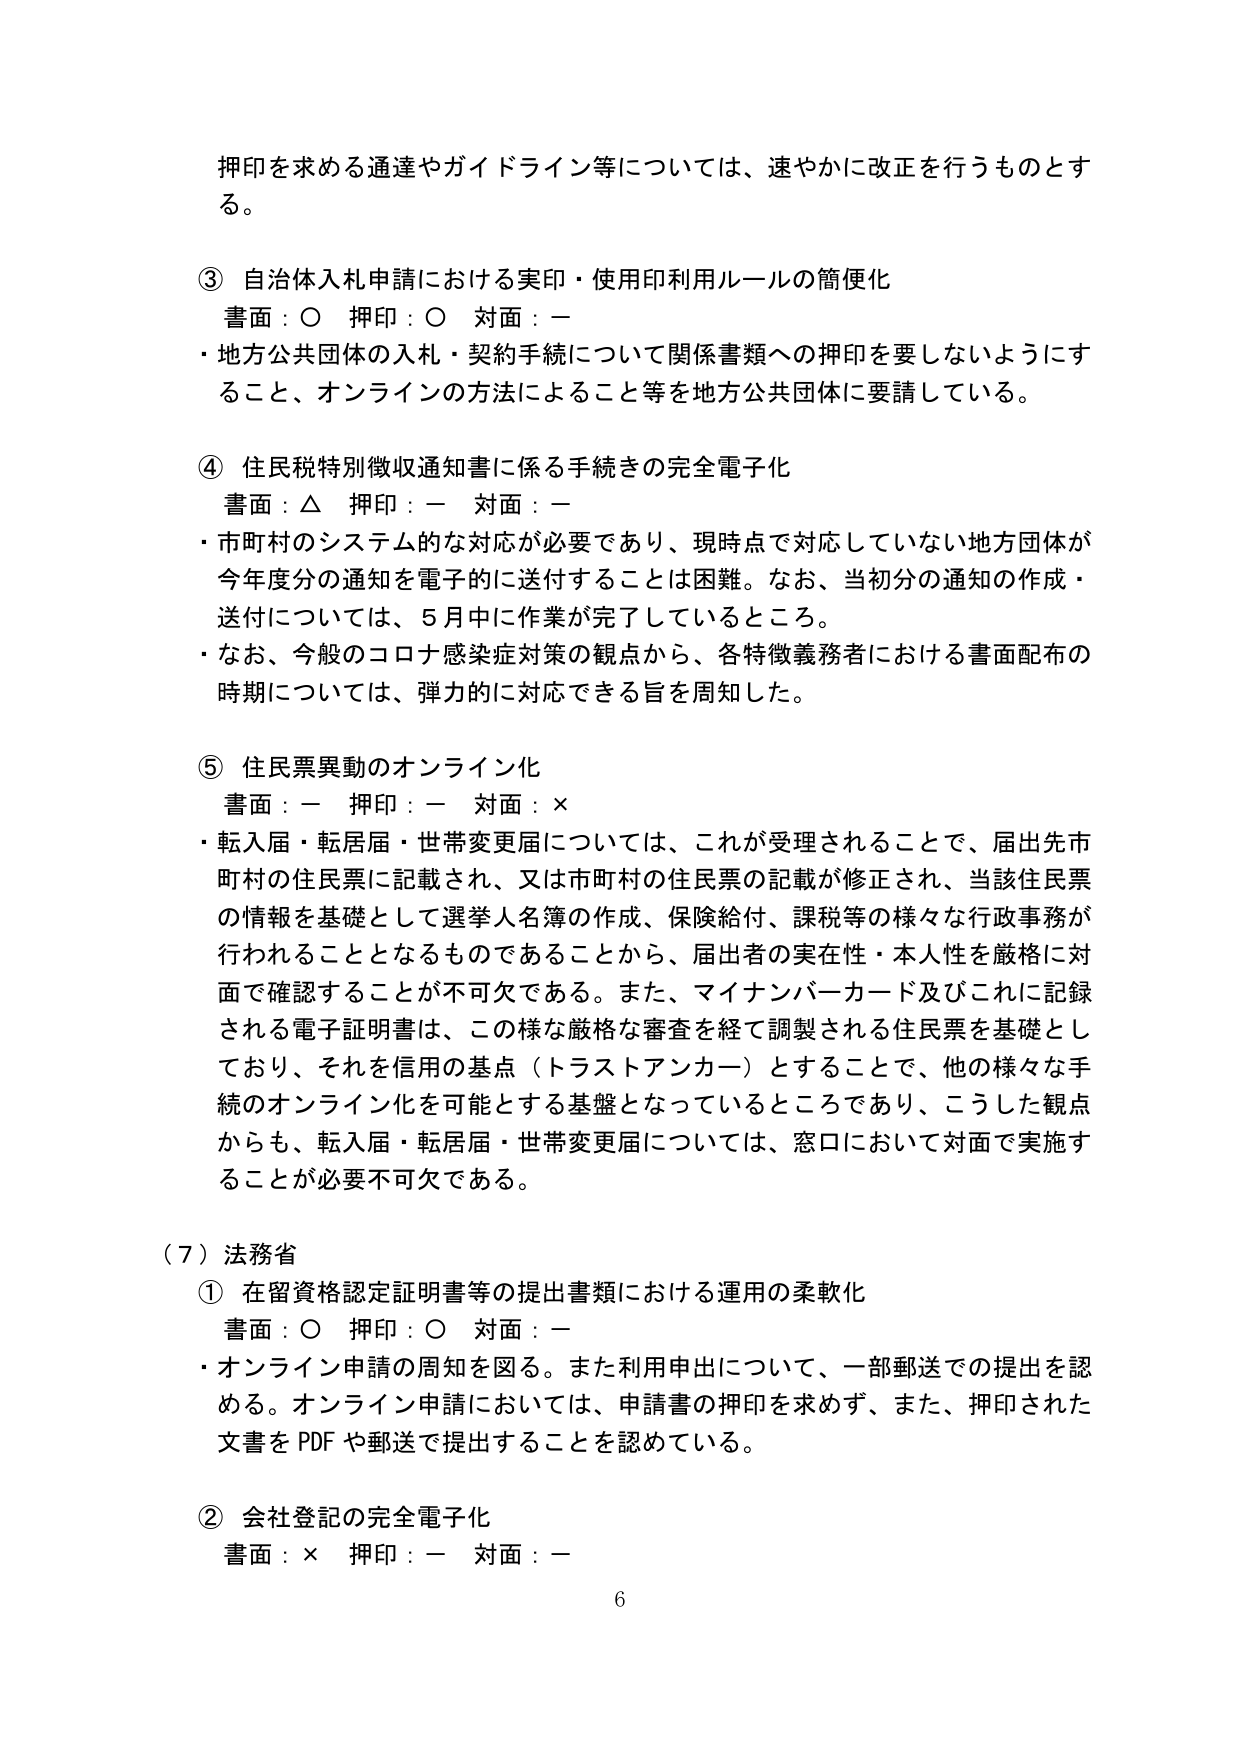
押印を求める通達やガイドライン等については、速やかに改正を行うものとする。

③ 自治体入札申請における実印・使用印利用ルールの簡便化
書面：○ 押印：○ 対面：ー
・地方公共団体の入札・契約手続について関係書類への押印を要しないようにすること、オンラインの方法によること等を地方公共団体に要請している。

④ 住民税特別徴収通知書に係る手続きの完全電子化
書面：△ 押印：ー 対面：ー
・市町村のシステム的な対応が必要であり、現時点で対応していない地方団体が今年度分の通知を電子的に送付することは困難。なお、当初分の通知の作成・送付については、5月中に作業が完了しているところ。
・なお、今般のコロナ感染症対策の観点から、各特徴義務者における書面配布の時期については、弾力的に対応できる旨を周知した。

⑤ 住民票異動のオンライン化
書面：ー 押印：ー 対面：×
・転入届・転居届・世帯変更届については、これが受理されることで、届出先市町村の住民票に記載され、又は市町村の住民票の記載が修正され、当該住民票の情報を基礎として選挙人名簿の作成、保険給付、課税等の様々な行政事務が行われることとなるものであることから、届出者の実在性・本人性を厳格に対面で確認することが不可欠である。また、マイナンバーカード及びこれに記録される電子証明書は、この様な厳格な審査を経て調製される住民票を基礎としており、それを信用の基点（トラストアンカー）とすることで、他の様々な手続のオンライン化を可能とする基盤となっているところであり、こうした観点からも、転入届・転居届・世帯変更届については、窓口において対面で実施することが必要不可欠である。

（７）法務省
① 在留資格認定証明書等の提出書類における運用の柔軟化
書面：○ 押印：○ 対面：ー
・オンライン申請の周知を図る。また利用申出について、一部郵送での提出を認める。オンライン申請においては、申請書の押印を求めず、また、押印された文書をPDFや郵送で提出することを認めている。

② 会社登記の完全電子化
書面：× 押印：ー 対面：ー

6